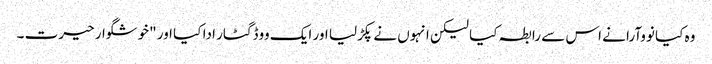
وہ کیا نووآرا نے اس سے رابطہ کیا لیکن انہوں نے پکڑلیا اور ایک ووڈ گٹار ادا کیا اور "خوشگوار حیرت ۔